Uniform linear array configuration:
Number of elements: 64
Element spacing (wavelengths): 0.25
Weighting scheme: hamming
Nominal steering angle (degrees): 0
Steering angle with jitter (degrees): -1.438
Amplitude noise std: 0.05
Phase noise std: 0.05

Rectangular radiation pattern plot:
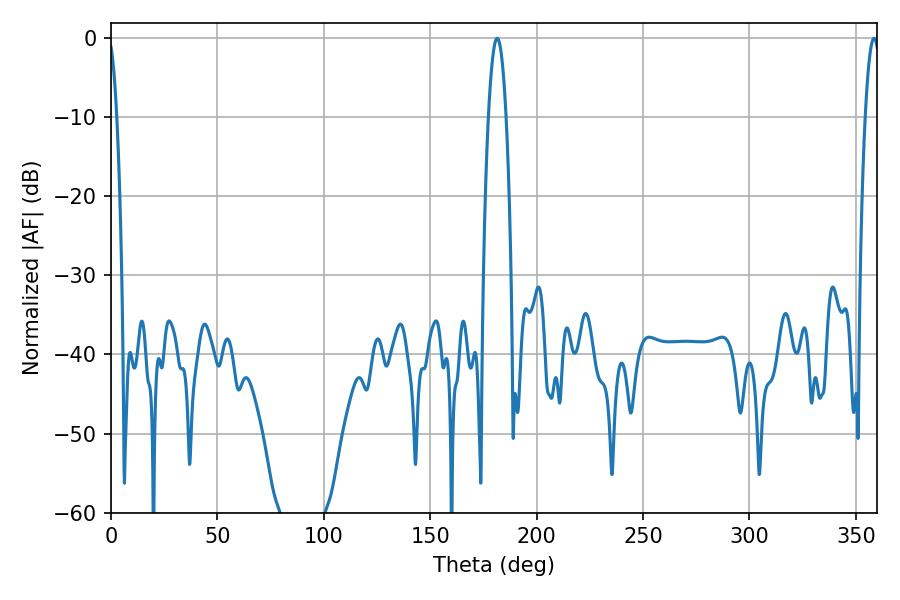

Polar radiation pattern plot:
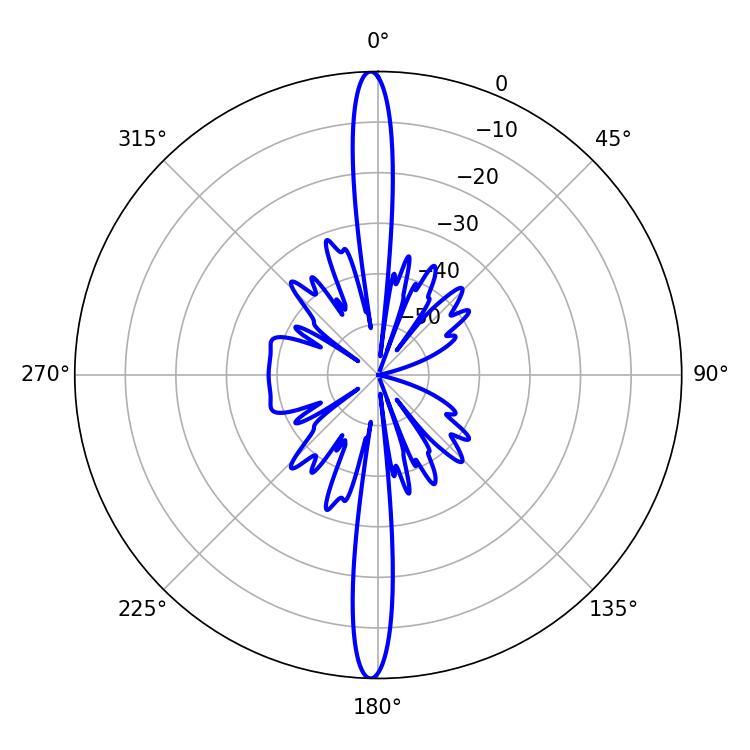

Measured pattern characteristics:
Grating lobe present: FALSE
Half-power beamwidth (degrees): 4.68
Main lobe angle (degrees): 181.44